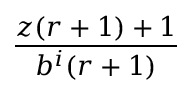
\frac { z ( r + 1 ) + 1 } { b ^ { i } ( r + 1 ) }